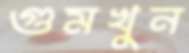
গুমখুন